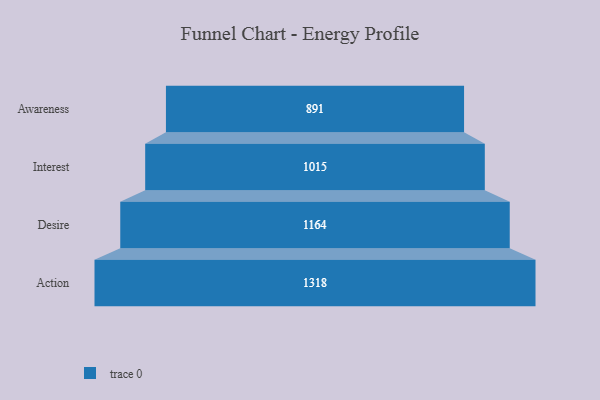
{"axis": {"x": "Stage", "y": "Value"}, "legend": [""], "data": [{"x": "Awareness", "y": 891.0, "type": ""}, {"x": "Interest", "y": 1015.0, "type": ""}, {"x": "Desire", "y": 1164.0, "type": ""}, {"x": "Action", "y": 1318.0, "type": ""}]}